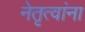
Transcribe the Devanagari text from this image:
नेतृत्वांना